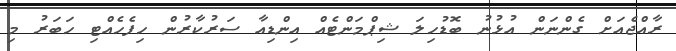
ރާއްޖެއަށް ގެންނަން އުޅުނު ބޮޑުހިލަ ޝިޕްމަންޓެއް އިންޑިއާ ސަރުކާރުން ހިފެހެއްޓި ހަބަރު މި